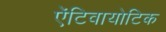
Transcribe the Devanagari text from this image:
ऐंटिवायोटिक